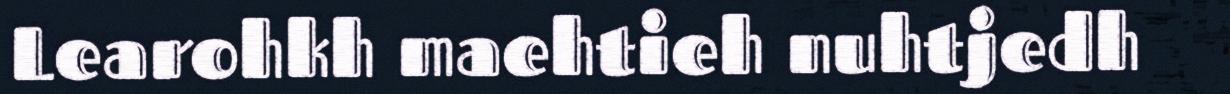
Learohkh maehtieh nuhtjedh